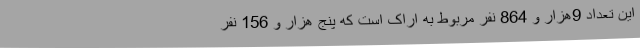
این تعداد 9هزار و 864 نفر مربوط به اراک است که پنج هزار و 156 نفر